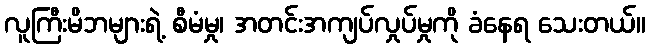
လူကြီးမိဘများရဲ့ စီမံမှု၊ အတင်းအကျပ်လှုပ်မှုကို ခံနေရ သေးတယ်။